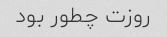
روزت چطور بود